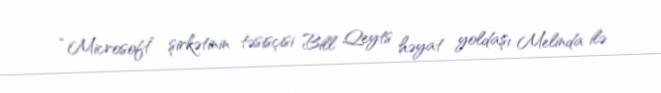
“Microsoft” şirkətinin təsisçisi Bill Qeyts həyat yoldaşı Melinda ilə